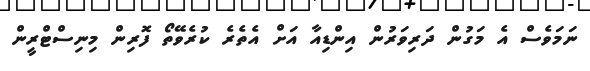
ނަމަވެސް އެ މަގުން ދަރިވަރުން އިންޑިއާ އަށް އެތެރެ ކުރެވޭތޯ ފޮރިން މިނިސްޓްރީން